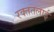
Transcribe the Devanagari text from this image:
रक्‍ततलाई